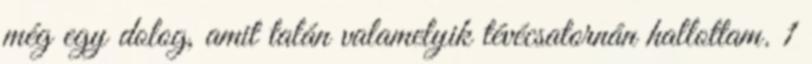
még egy dolog, amit talán valamelyik tévécsatornán hallottam. 1